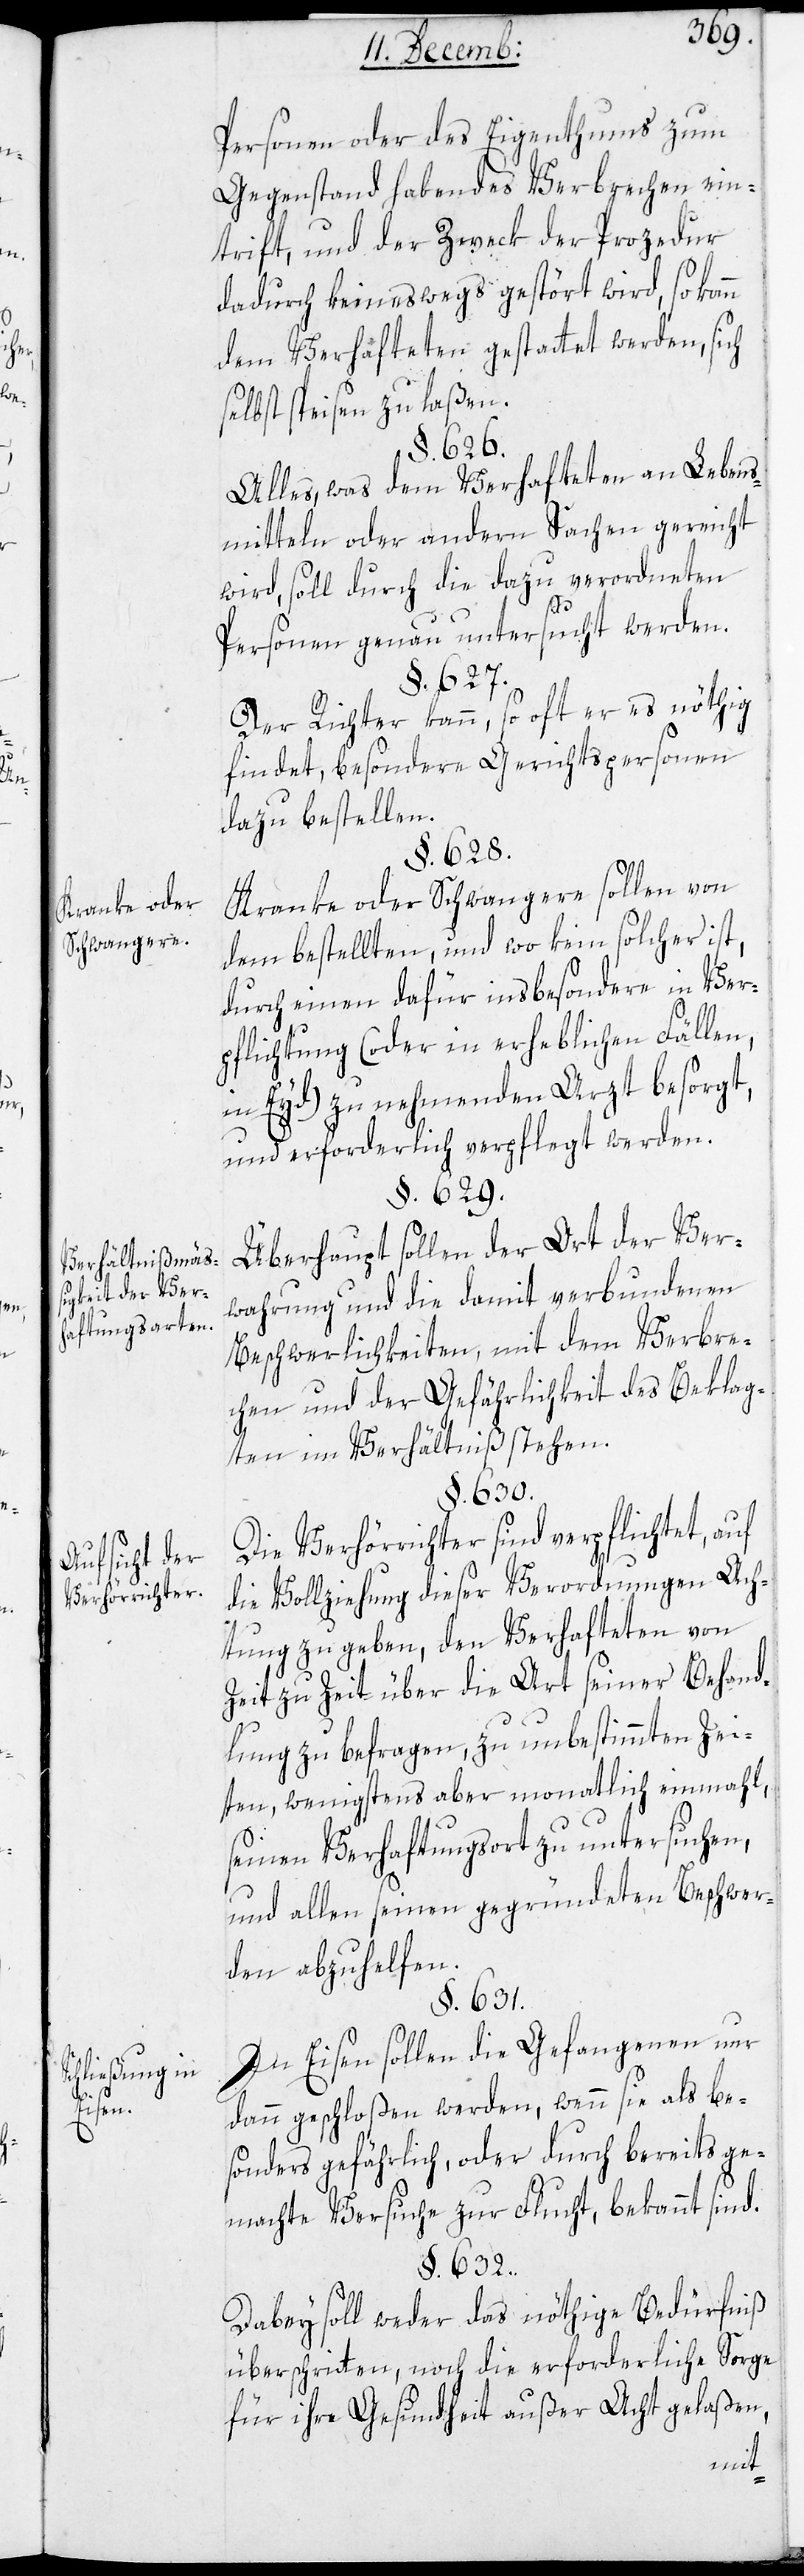
Kranke oder
Schwangere.
Verhältnißmäß¬
igkeit der Verh¬
aftungsarten.
Aufsicht der
Verhörrichter.
hließung in
Eisen.

Personen oder des Eigenthums zum
Gegenstand habendes Verbrechen ein¬
trifft, und der Zweck der Prozedur
dadurch keineswegs gestört wird, so kann
dem Verhafteten gestattet werden, sich
selbst speisen zu laßen.
§. 626.
Alles was dem Verhafteten an Lebens¬
mitteln oder andern Sachen gereicht
wird, soll durch die dazu verordneten
Sc¬
Personen genau untersucht werden.
§. 627.
Der Richter kann, so oft er es nöthig
findet, besondere Gerichtspersonen
dazu bestellen.
§. 628.
Kranke oder Schwangere sollen von
dem bestellten, und wo kein solcher ist,
durch einen dafür insbesondere in Ver¬
pflichtung (oder in erheblichen Fällen,
in Eyd) zu nehmenden Arzt besorgt,
und erforderlich verpflegt werden.
§. 629.
Überhaupt sollen der Ort der Ver¬
wahrung und die damit verbundenen
Beschwerlichkeiten, mit dem Verbre¬
chen und der Gefährlichkeit des Beklag¬
ten im Verhältniß stehen.
§. 630.
Die Verhörrichter sind verpflichtet, auf
die Vollziehung dieser Verordnungen Ach¬
tung zu geben, den Verhafteten von
Zeit zu Zeit über die Art seiner Behand¬
lung zu befragen, zu unbestimmten Zei¬
ten, wenigstens aber monatlich einmal,
seinen Verhaftungsort zu untersuchen,
und allen seinen gegründeten Beschwer¬
den abzuhelfen.
§. 631.
In Eisen sollen die Gefangenen nur
dann geschloßen werden, wenn sie als be¬
sonders gefährlich, oder durch bereits ge¬
machte Versuche zur Flucht, bekannt sind.
§. 632.
Dabey soll weder das nöthige Bedürfniß
überschritten, noch die erforderliche Sorge
für ihre Gesundheit außer Acht gelaßen,